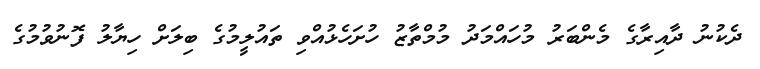
ދެކުނު ދާއިރާގެ މެންބަރު މުހައްމަދު މުމްތާޒު ހުށަހެޅުއްވި ތައުލީމުގެ ބިލަށް ހިޔާލު ފޮނުވުމުގެ